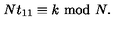
N t _ { 1 1 } \equiv k \ \mathrm { m o d } \ N .